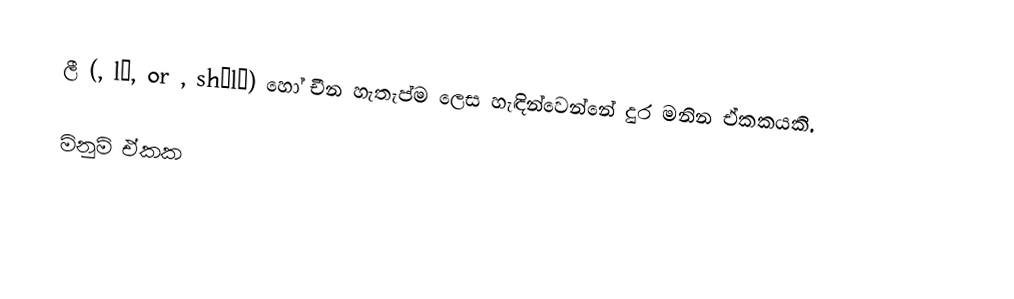
ලී (, lǐ, or , shìlǐ) හෝ චීන හැතැප්ම ලෙස හැඳින්වෙන්නේ දුර මනින ඒකකයකි.

මිනුම් ඒකක